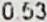
0.53